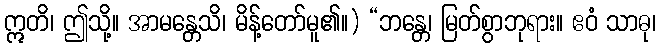
ဣတိ၊ ဤသို့။ အာမန္တေသိ၊ မိန့်တော်မူ၏။) “ဘန္တေ၊ မြတ်စွာဘုရား။ ဧဝံ သာဓု၊